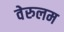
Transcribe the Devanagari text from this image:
वेरुलम